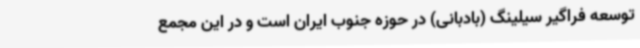
توسعه فراگیر سیلینگ (بادبانی) در حوزه جنوب ایران است و در این مجمع